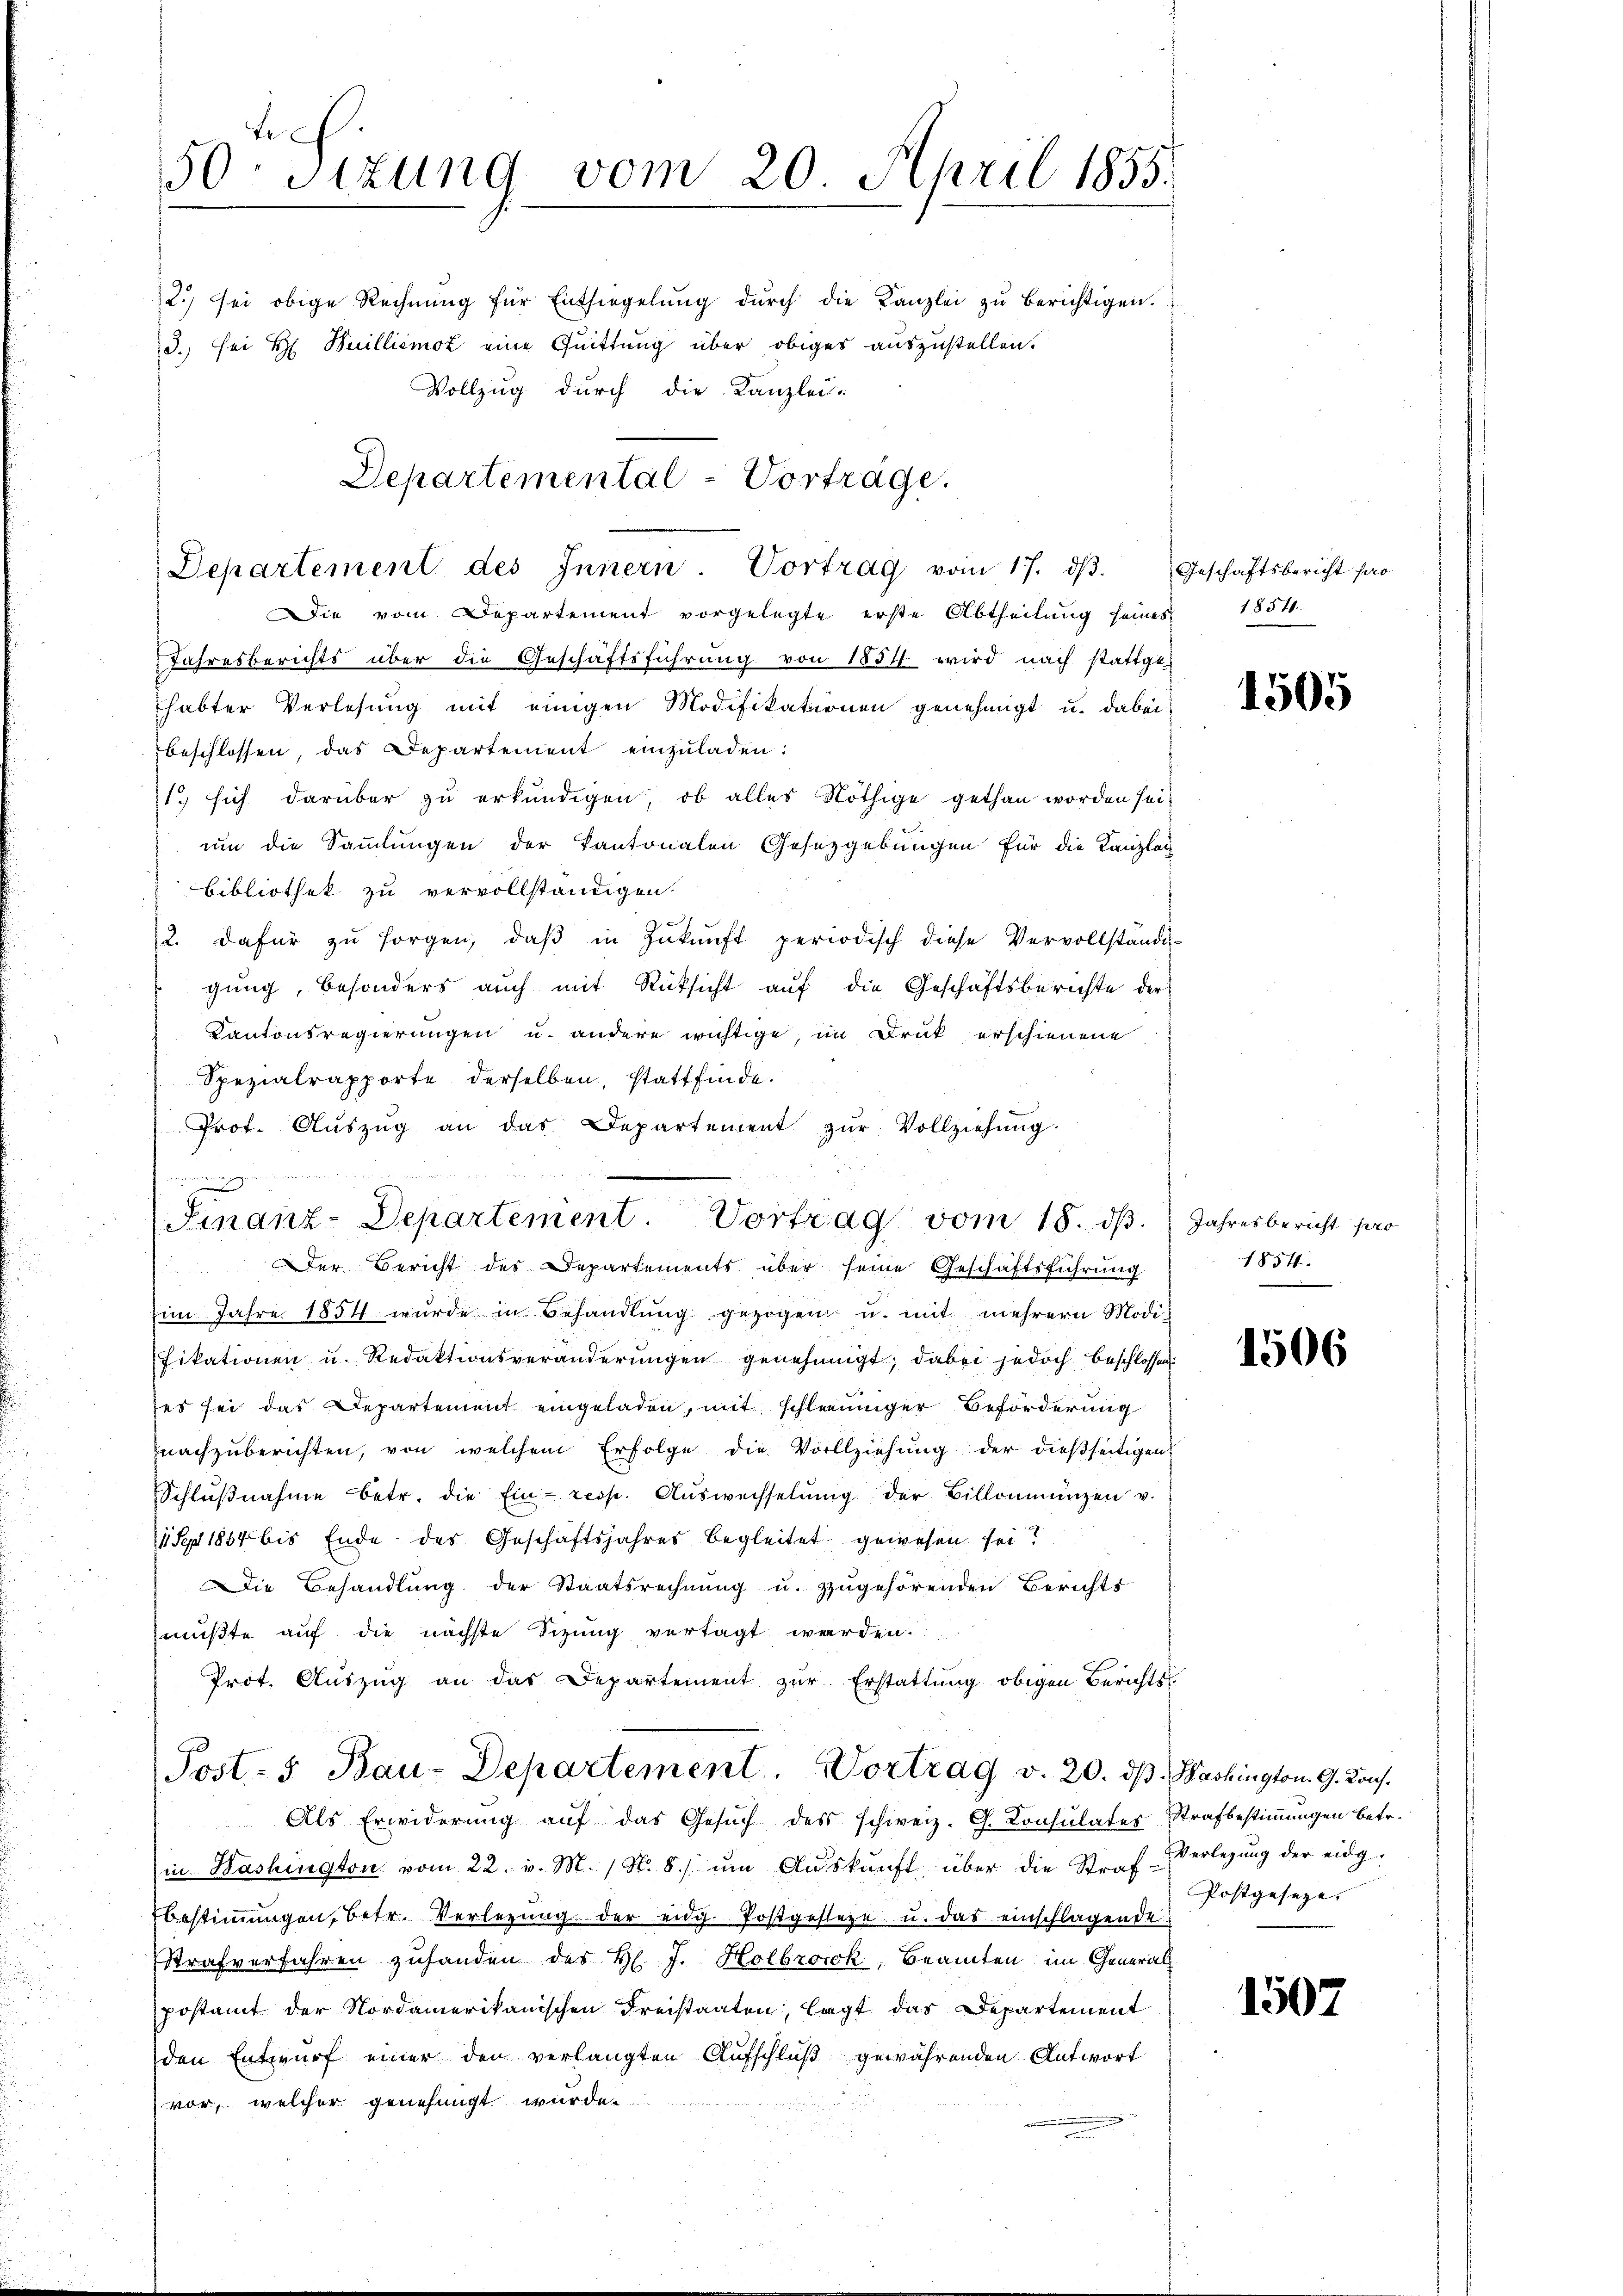
Die vom Departement vorgelegte erste Abtheilŭng seines 1854.
Jahresberichts über die Geschäftsführung von 1854 wird nach stattge-
habter Verlesung mit einigen Modifikationen genehmigt u. dabei:
beschlossen, das Departement einzuladen:
1. sich darüber zu erkundigen, ob alles Nöthige gethan worden sei,
um die Sammlungen der Kantonalen Gesetzgebungen für die Kanzlei
Bibliothek zu vervollständigen.

2. dafür zu sorgen, daß in Zukunft periodisch diese Vervollständi-
gung, besonders auch mit Rücksicht auf die Geschäftsberichte der
Kantonsregierungen u. andere wichtige, im Druck erschienene
Spezialrapporte derselben, stattfinde.
Prot. Aŭszŭg an das Departement zŭr Vollziehŭng.
Finanz-Departement. Vortrag vom 18. ds. Jahresbericht pro
der Bericht des Departements über seine Geschäftsführung
im Jahre 1851 wurde in Behandlŭng gezogen u. mit mehrere Modifikationen u. Redaktionsveränderungen genehmigt; dabei jedoch beschlossen:
es sei das Departement eingeladen, mit schleuniger Beförderung
nachzuberichten, von welchem Erfolge die Vollziehung der dießseitigen
Schlŭβnahme betr. die Ein- resp. Aŭswechselŭng der Billonienzen v.
1 Sgr 1854 bis Ende des Geschäftsjahres begleitet gewesen sei?
Die Behandlung der Staatsrechnŭng u. zugehörenden Berichts
mŭβte aŭf die nächste Sitzŭng vertagt werden.
Prot. Aŭszŭg an das Departement zŭr Erstattŭng obigen Berichts-

te
50 Sizung vom 20. April 1855.

12.) sei obige Rechnung für Entsiegelung durch die Kanzlei zu berichtigen.
3. sei H. Huilliemoz eine Quittung über obiges auszustellen.
Vollzug durch die Kanzlei-

Departemental-Vorträge.
Departement des Innern. Vortrag vom 17. dβ.

Post- 5. Bau-Departement. Vortrag v. 20. ds. Washington G. Kons.

Geschäftsbericht pro

Als Erwiderung auf das Gesŭch des schweiz. G. Consulates Strafbestimmungen betr.
in Washington vom 22. v. M. (N. 8. ŭm Aŭskŭnft über die Straf- Verlegŭng der eidg-
bestimmungen, betr. Verlegung der eidg. Postgestehe u. das einschlagende
Strafverfahren zuhanden des H. J. Holbrocok, Beamten im Generalpostamt der Nordamerikanischen Freistaaten, legt das Departement
den Entwurf einer den verlangten Aufschluß gewährenden Antwort
vor, welcher genehmigt wurden.

1505

1854.

1506

Postgeseze,

1507